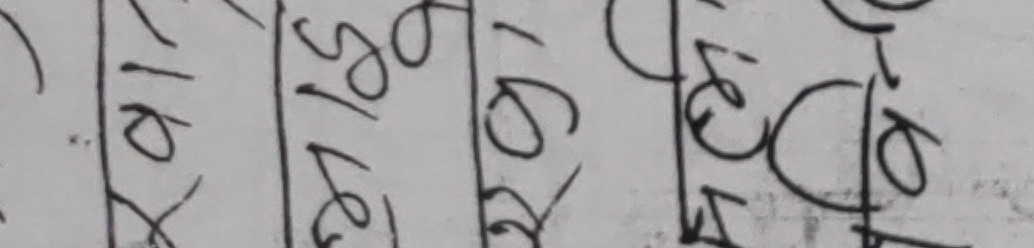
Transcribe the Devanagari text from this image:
१० /९०
२७/९०
१५/९०